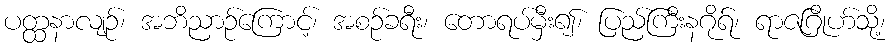
ပတ္ထနာလျဉ်၊ အဘိညာဉ်ကြောင့်၊ အစဉ်ခရီး၊ တောရပ်မှီး၍၊ ပြည်ကြီးနဂိုရ်၊ ရာဇဂြိုဟ်သို့၊